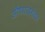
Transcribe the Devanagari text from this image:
औषधाबरोबर